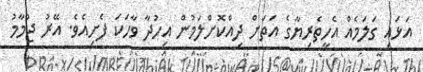
އަޅައި ގަލަމެއް އެހީތެރިޔާގެ އަތަށް ދިއްކޮށްލަމުން އިހުދާ ވާހަކަ ފެށިއެވެ. އޭރު ޖުމާމު